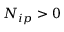
N _ { i p } > 0